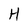
Character: H